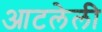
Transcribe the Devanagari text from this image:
आटलेली